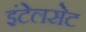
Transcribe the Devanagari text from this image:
इंटेलसेट